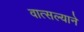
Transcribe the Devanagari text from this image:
वात्सल्याने